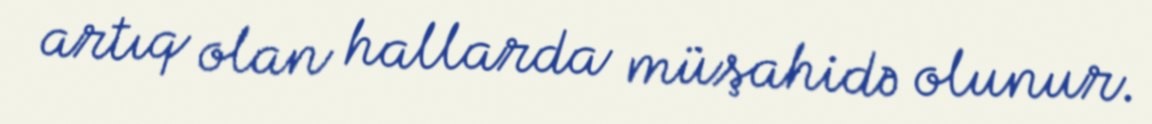
artıq olan hallarda müşahidə olunur.